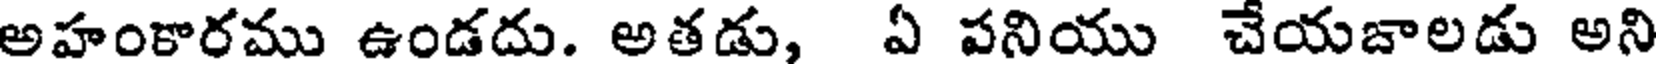
అహంకారము ఉండదు. అతడు, ఏ పనియు చేయజాలడు అని